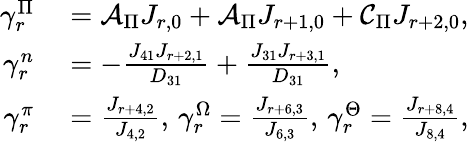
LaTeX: \begin{array}{rl}{\gamma_{r}^{\Pi}}&{{}=\mathcal{A}_{\Pi}J_{r,0}+\mathcal{A}_{\Pi}J_{r+1,0}+\mathcal{C}_{\Pi}J_{r+2,0},}\\ {\gamma_{r}^{n}}&{{}=-\frac{J_{41}J_{r+2,1}}{D_{31}}+\frac{J_{31}J_{r+3,1}}{D_{31}},}\\ {\gamma_{r}^{\pi}}&{{}=\frac{J_{r+4,2}}{J_{4,2}},\, \gamma_{r}^{\Omega}=\frac{J_{r+6,3}}{J_{6,3}},\, \gamma_{r}^{\Theta}=\frac{J_{r+8,4}}{J_{8,4}},}\end{array}